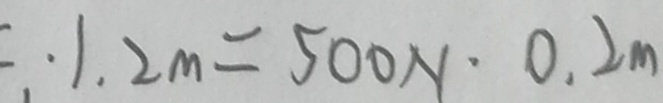
\therefore 1 . 2 m = 5 0 0 N \cdot 0 . 2 m